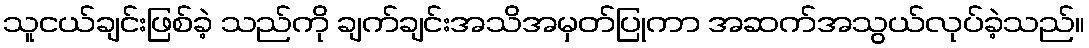
သူငယ်ချင်းဖြစ်ခဲ့ သည်ကို ချက်ချင်းအသိအမှတ်ပြုကာ အဆက်အသွယ်လုပ်ခဲ့သည်။